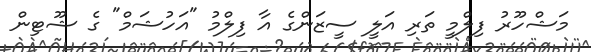
މަޝްހޫރު ފިލްމީ ތަރި އަލީ ސީޒަންގެ އާ ފިލްމު "އަހުޝަމް" ގެ ޝޫޓިން